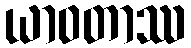
ယာဝတာဿ